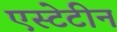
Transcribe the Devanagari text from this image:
एस्टेटीन